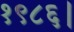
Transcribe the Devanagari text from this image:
१९८६।